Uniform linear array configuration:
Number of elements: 32
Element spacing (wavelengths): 0.25
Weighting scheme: binomial
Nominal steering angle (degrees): -30
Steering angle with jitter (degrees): -28.063
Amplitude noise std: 0.05
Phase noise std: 0.05

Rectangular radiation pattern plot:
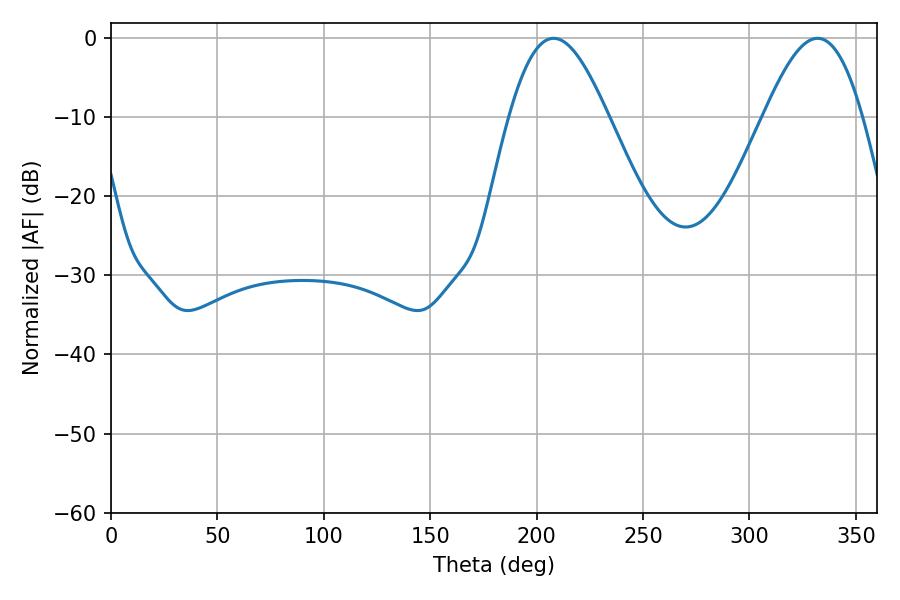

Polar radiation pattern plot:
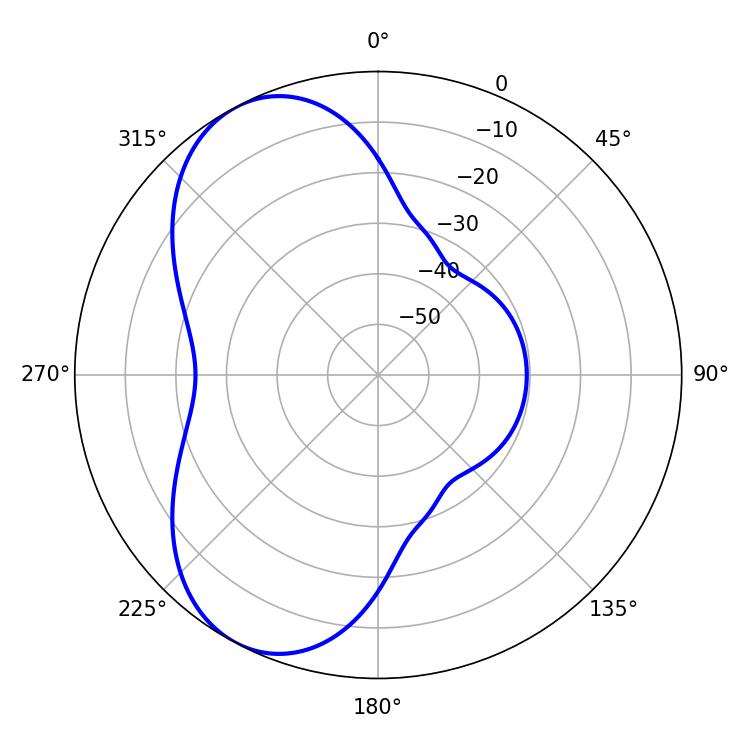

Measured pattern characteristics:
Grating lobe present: FALSE
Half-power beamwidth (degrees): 25.02
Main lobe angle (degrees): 207.9